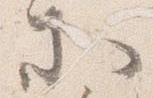
等